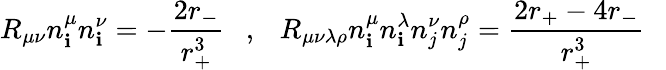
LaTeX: R_{\mu\nu}n_{\mathbf{i}}^{\mu}n_{\mathbf{i}}^{\nu}=-{\frac{{2r_{-}}}{{r_{+}^{3}}}}~~~,~~~R_{\mu\nu\lambda\rho}n_{\mathbf{i}}^{\mu}n_{\mathbf{i}}^{\lambda}n_{j}^{\nu}n_{j}^{\rho}={\frac{{2r_{+}-4r_{-}}}{{r_{+}^{3}}}}~~~